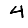
Digit: 4